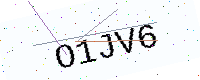
Text: O1JV6